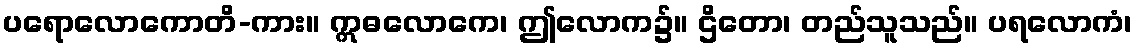
ပရောလောကောတိ-ကား။ ဣဓလောကေ၊ ဤလောက၌။ ဌိတော၊ တည်သူသည်။ ပရလောကံ၊